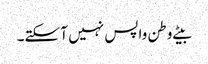
بیٹے وطن واپس نہیں آ سکتے۔